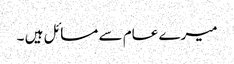
میرے عام سے مسائل ہیں ۔